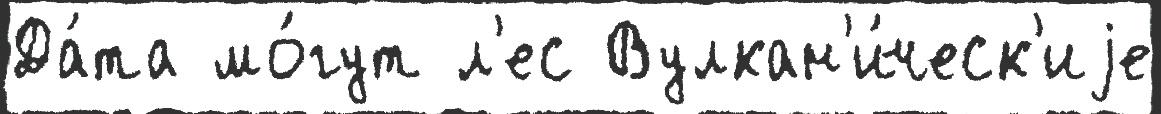
Да́та мо́гут л'ес Вулкан'и́ческ'иjе